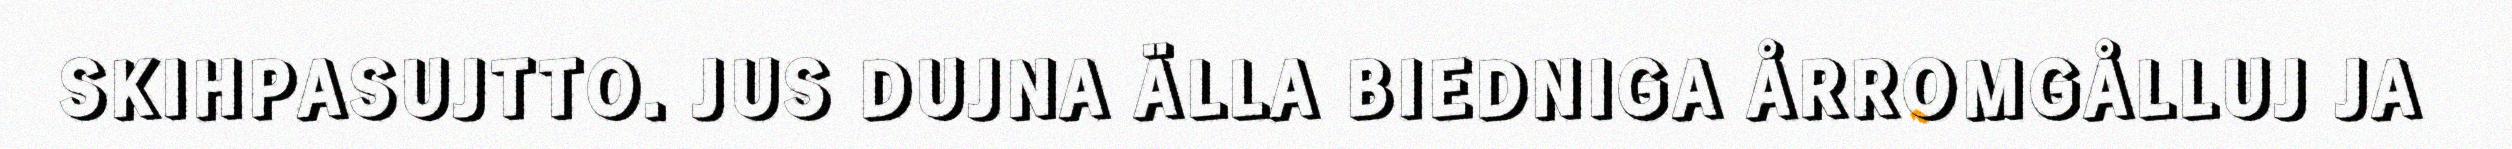
SKIHPASUJTTO. JUS DUJNA ÄLLA BIEDNIGA ÅRROMGÅLLUJ JA